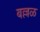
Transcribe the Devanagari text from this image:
बल्लळ